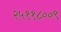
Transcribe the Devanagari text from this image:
२५११८००९